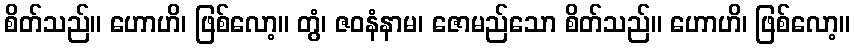
စိတ်သည်။ ဟောဟိ၊ ဖြစ်လော့။ တွံ၊ ဇဝနံနာမ၊ ဇောမည်သော စိတ်သည်။ ဟောဟိ၊ ဖြစ်လော့။